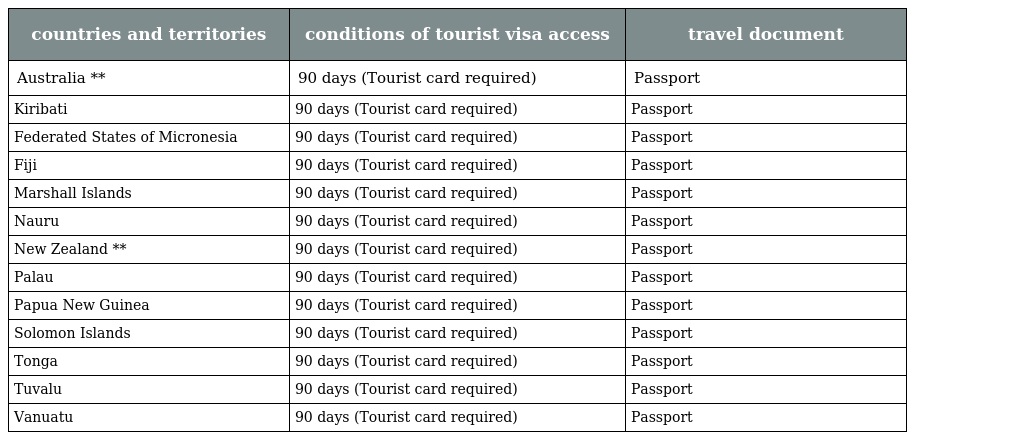
| countries and territories | conditions of tourist visa access | travel document |
 | --- | --- | --- |
 | Australia ** | 90 days (Tourist card required) | Passport |
 | Kiribati | 90 days (Tourist card required) | Passport |
 | Federated States of Micronesia | 90 days (Tourist card required) | Passport |
 | Fiji | 90 days (Tourist card required) | Passport |
 | Marshall Islands | 90 days (Tourist card required) | Passport |
 | Nauru | 90 days (Tourist card required) | Passport |
 | New Zealand ** | 90 days (Tourist card required) | Passport |
 | Palau | 90 days (Tourist card required) | Passport |
 | Papua New Guinea | 90 days (Tourist card required) | Passport |
 | Solomon Islands | 90 days (Tourist card required) | Passport |
 | Tonga | 90 days (Tourist card required) | Passport |
 | Tuvalu | 90 days (Tourist card required) | Passport |
 | Vanuatu | 90 days (Tourist card required) | Passport |